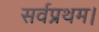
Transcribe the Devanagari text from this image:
सर्वप्रथम।